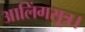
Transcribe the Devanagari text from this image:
आलिंगसूत्र।